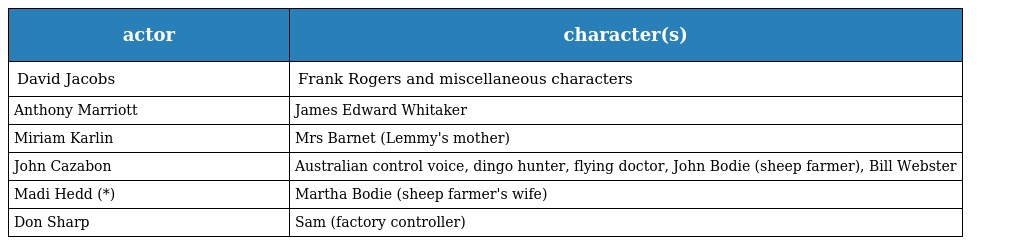
| actor | character(s) |
 | --- | --- |
 | David Jacobs | Frank Rogers and miscellaneous characters |
 | Anthony Marriott | James Edward Whitaker |
 | Miriam Karlin | Mrs Barnet (Lemmy's mother) |
 | John Cazabon | Australian control voice, dingo hunter, flying doctor, John Bodie (sheep farmer), Bill Webster |
 | Madi Hedd (*) | Martha Bodie (sheep farmer's wife) |
 | Don Sharp | Sam (factory controller) |